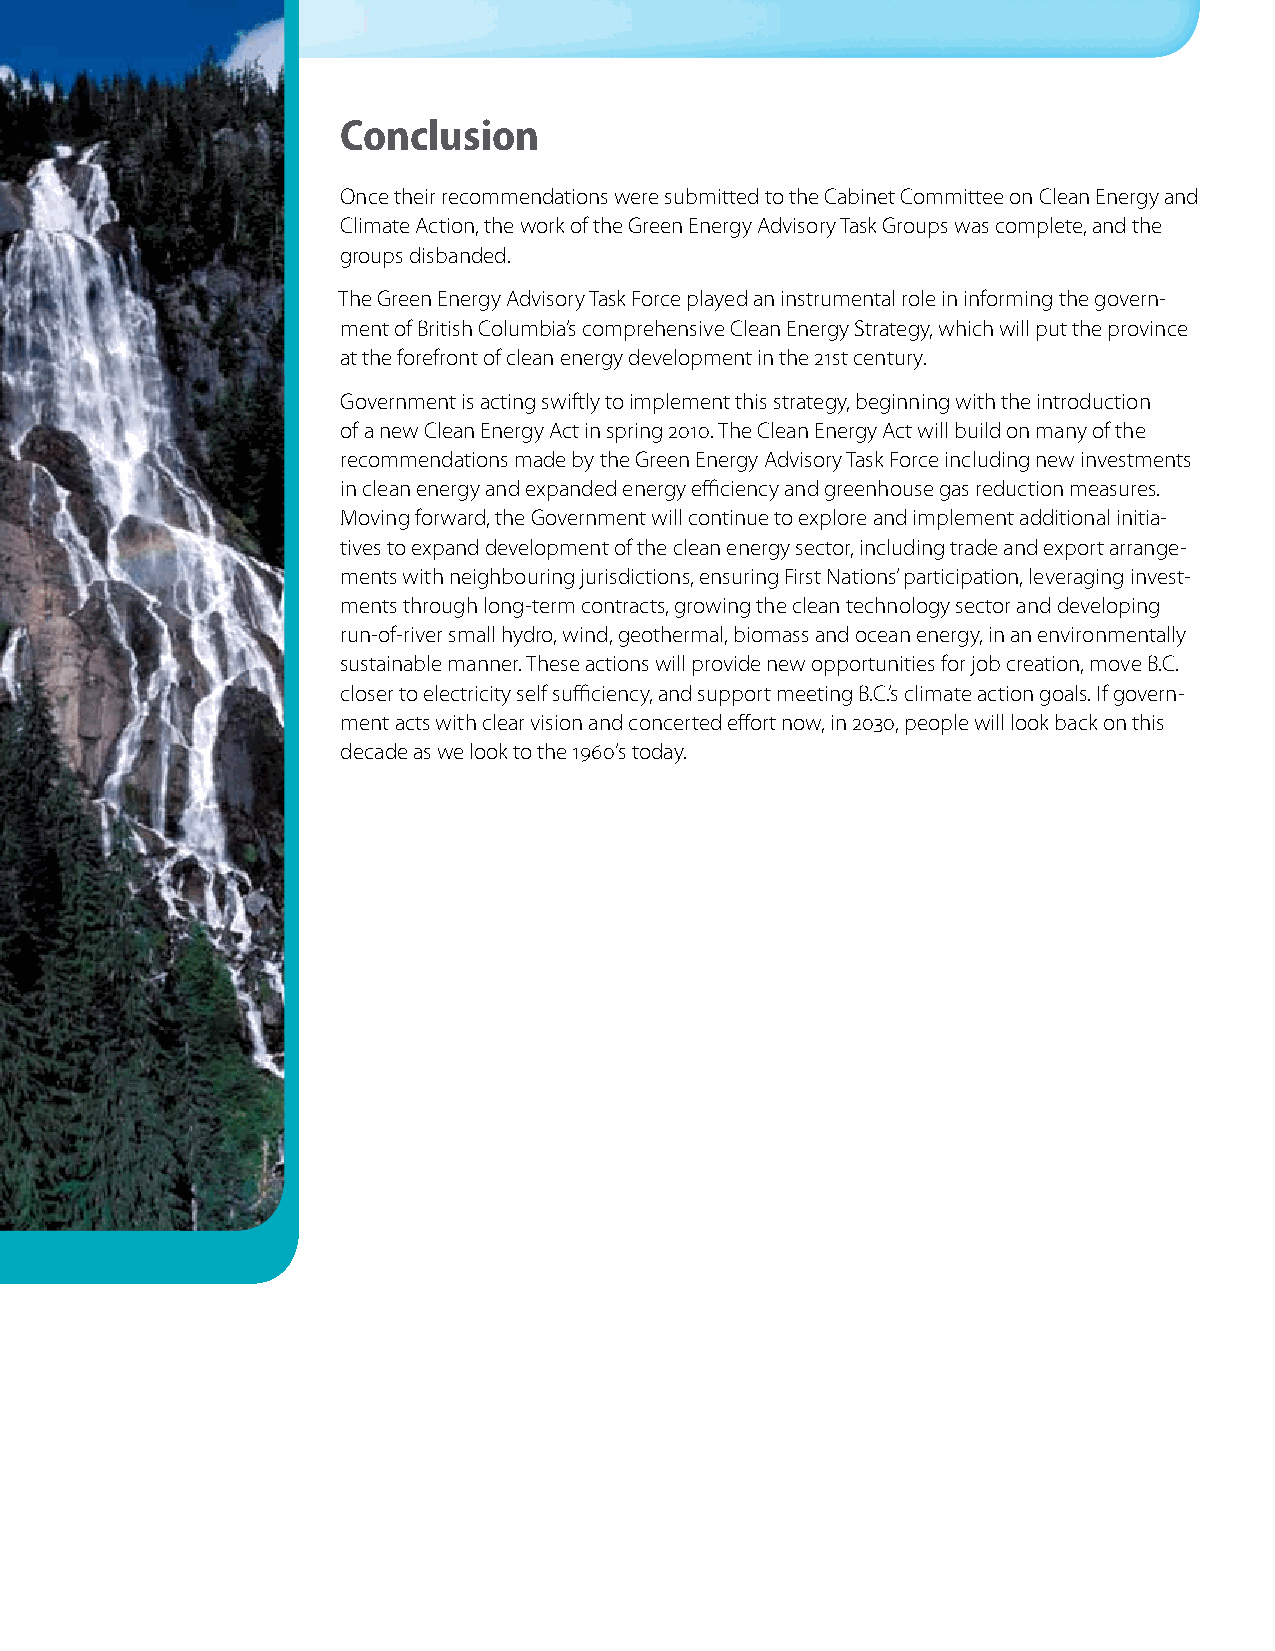
Conclusion
 Once their recommendations were submitted to the Cabinet Committee on Clean Energy and
 Climate Action, the work of the Green Energy Advisory Task Groups was complete, and the
 groups disbanded.
 The Green Energy Advisory Task Force played an instrumental role in informing the govern-
 ment of British Columbia’s comprehensive Clean Energy Strategy, which will put the province
 at the forefront of clean energy development in the 21st century.
 Government is acting swiftly to implement this strategy, beginning with the introduction
 of a new Clean Energy Act in spring 2010. The Clean Energy Act will build on many of the
 recommendations made by the Green Energy Advisory Task Force including new investments
 in clean energy and expanded energy efficiency and greenhouse gas reduction measures.
 Moving forward, the Government will continue to explore and implement additional initia-
 tives to expand development of the clean energy sector, including trade and export arrange-
 ments with neighbouring jurisdictions, ensuring First Nations’ participation, leveraging invest-
 ments through long-term contracts, growing the clean technology sector and developing
 run-of-river small hydro, wind, geothermal, biomass and ocean energy, in an environmentally
 sustainable manner. These actions will provide new opportunities for job creation, move B.C.
 closer to electricity self sufficiency, and support meeting B.C.’s climate action goals. If govern-
 ment acts with clear vision and concerted effort now, in 2030, people will look back on this
 decade as we look to the 1960’s today.